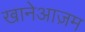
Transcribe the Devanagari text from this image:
खानेआज़म